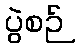
ပွဲစဉ်